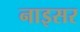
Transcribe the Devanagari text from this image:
नाइसर